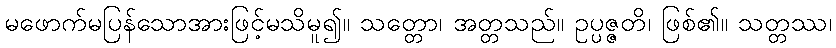
မဖောက်မပြန်သောအားဖြင့်မသိမူ၍။ သတ္တော၊ အတ္တသည်။ ဥပ္ပဇ္ဇတိ၊ ဖြစ်၏။ သတ္တဿ၊